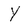
Character: Y